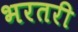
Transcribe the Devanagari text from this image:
भरतरी